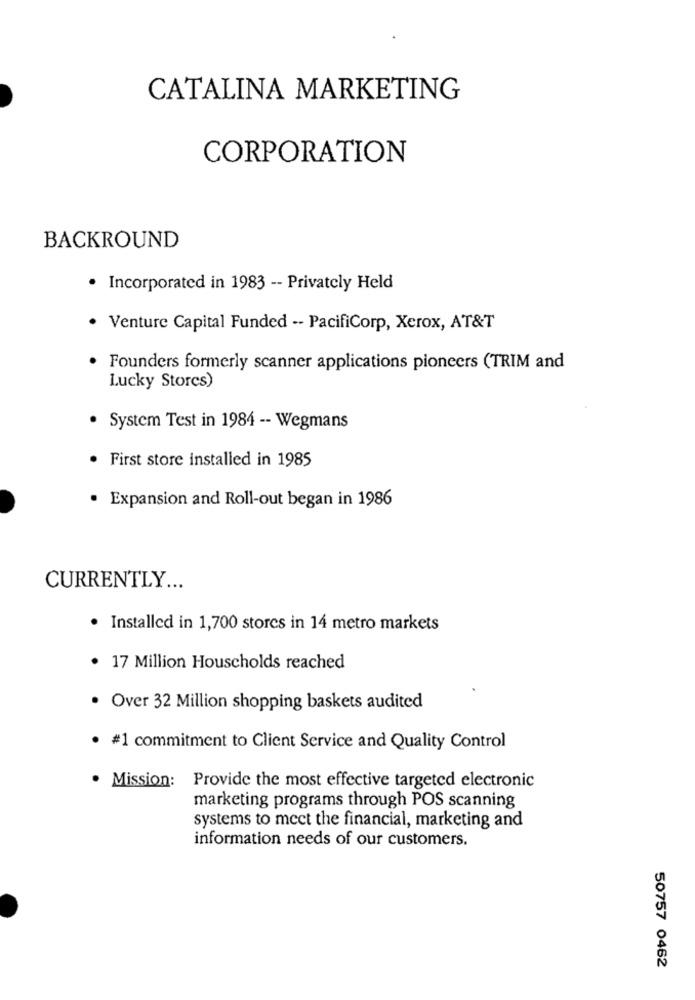
CATALINA MARKETING
CORPORATION
BACKROUND
· Incorporated in 1983 -- Privately Held
· Venture Capital Funded -- PacifiCorp, Xerox, AT&T
Founders formerly scanner applications pioneers (TRIM and
Lucky Stores)
· System Test in 1984 -- Wegmans
· First store installed in 1985
· Expansion and Roll-out began in 1986
CURRENTLY ...
· Installed in 1,700 stores in 14 metro markets
· 17 Million Houscholds reached
. Over 32 Million shopping baskets audited
· #1 commitment to Client Service and Quality Control
Mission: Provide the most effective targeted electronic
marketing programs through POS scanning
systems to meet the financial, marketing and
information needs of our customers.
50757 0462